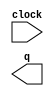
module lpm_counter012342 (
	clock,
	q);

	input	  clock;
	output	[0:0]  q;

endmodule